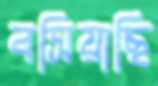
বসিয়াছি